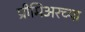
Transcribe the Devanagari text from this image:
प्रीमिअरच्या